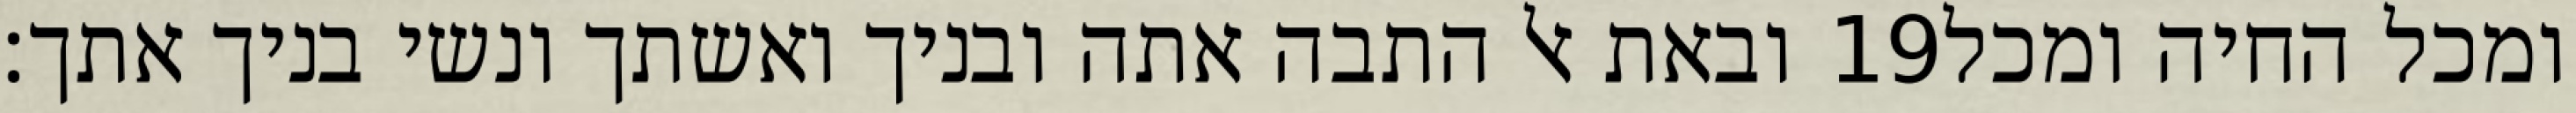
ובאת אל התבה אתה ובניך ואשתך ונשי בניך אתך׃ ‎19‏ ומכל החיה ומכל